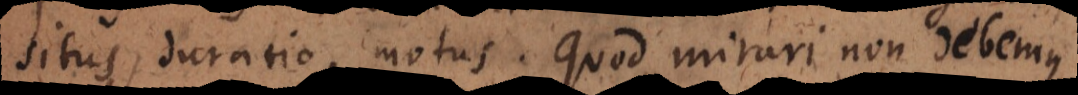
situs, duratio, motus. Quod mirari non debemus